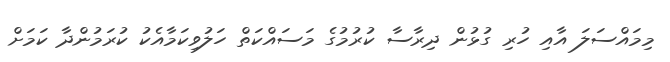
މިމައްސަލަ އާއި ހުރި ގުޅުން ދިރާސާ ކުރުމުގެ މަސައްކަތް ހަލުވިކަމާއެކު ކުރަމުންދާ ކަމަށް